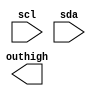
module out16hi(scl,sda,outhigh);
input scl,sda;
output [15:0] outhigh;
reg [5:0] mstate;
reg [3:0] pdata,
            padatabuf;
reg [15:0] outhigh;
reg StartFlag,EndFlag;
always @(negedge sda) begin
    if(scl)
    begin
      StartFlag<=1;
    end
    else if(EndFlag)
        StartFlag<=0;
    end

always @(posedge clk ) begin
    
end
endmodule